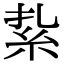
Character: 紥